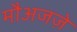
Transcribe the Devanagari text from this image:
मौअजज़े